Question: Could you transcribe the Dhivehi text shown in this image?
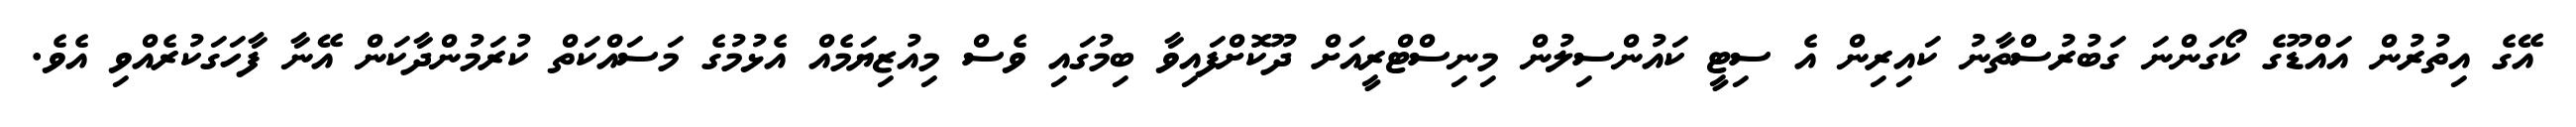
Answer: އޭގެ އިތުރުން އައްޑޫގެ ކޯގަންނަ ގަބުރުސްތާނު ކައިރިން އެ ސިޓީ ކައުންސިލުން މިނިސްޓްރީއަށް ދޫކޮށްފައިވާ ބިމުގައި ވެސް މިއުޒިޔަމެއް އެޅުމުގެ މަސައްކަތް ކުރަމުންދާކަން އޭނާ ފާހަގަކުރެއްވި އެވެ.